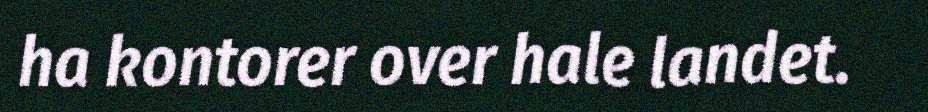
ha kontorer over hale landet.